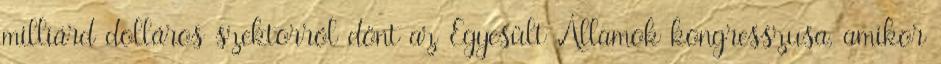
milliárd dolláros szektorról dönt az Egyesült Államok kongresszusa, amikor